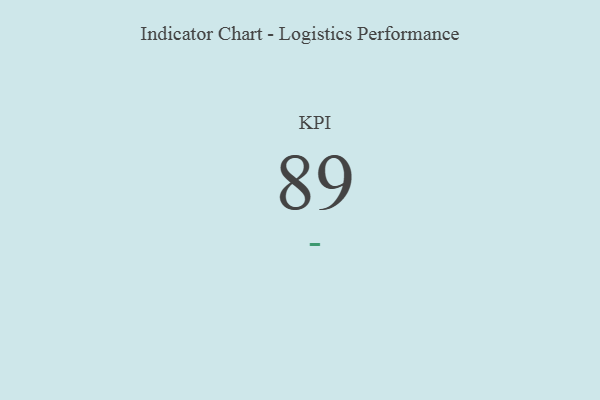
{"axis": {"x": "KPI", "y": "Value"}, "legend": [""], "data": [{"x": "KPI", "y": 89, "type": ""}]}